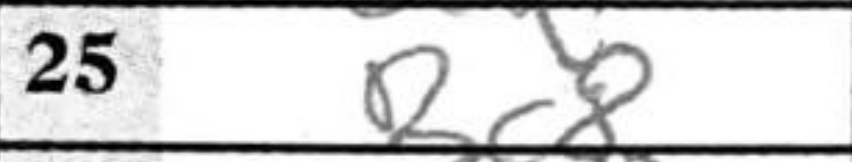
Transcription: Bc8